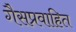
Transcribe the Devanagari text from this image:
गैसप्रवाहित